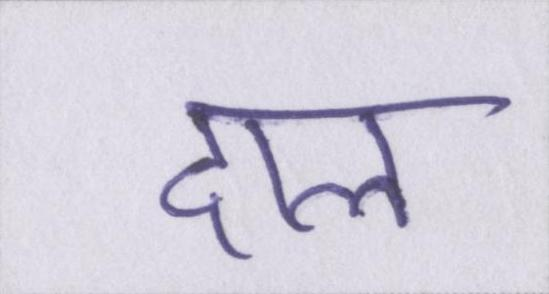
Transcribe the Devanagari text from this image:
दाल